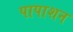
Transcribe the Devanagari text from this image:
पापाशन